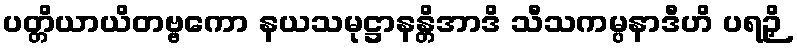
ပတ္တိယာယိတဗ္ဗကော နယသမုဋ္ဌာနန္တိအာဒိ သီသကမ္ပနာဒီဟိ ပရဉှိ